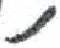
אות: ,